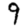
Digit: 9